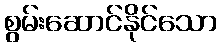
စွမ်းဆောင်နိုင်သော